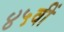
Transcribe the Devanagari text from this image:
४५वीं